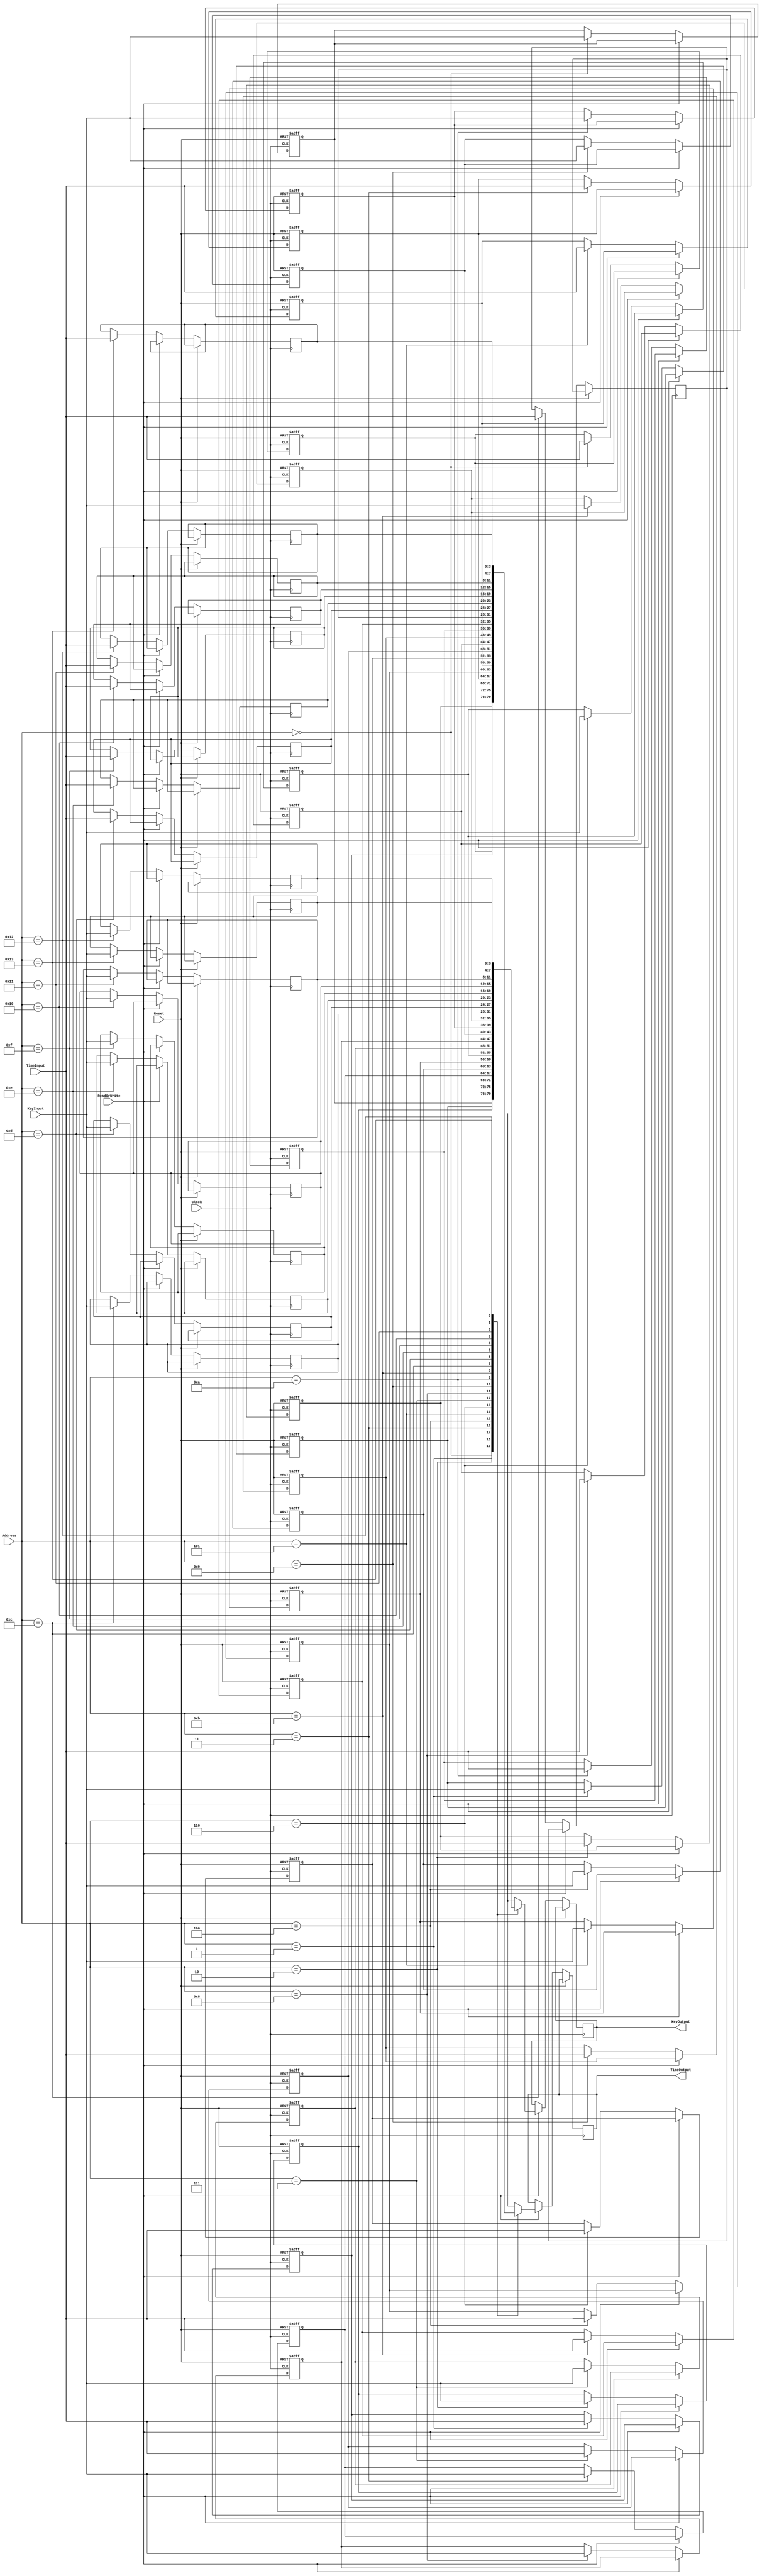
`timescale 1ns / 1ps
//Music score in RAM
module MusicScore(ReadOrWrite, Address, KeyInput, KeyOutput, TimeInput, TimeOutput,Clock, Reset);
input ReadOrWrite, Clock, Reset;
parameter DataLength=4;
input [DataLength-1:0] KeyInput, TimeInput;
output reg [DataLength-1:0] KeyOutput, TimeOutput;
parameter AddressBits=5;
input [AddressBits-1:0] Address;
parameter MemorySize=20;

reg [DataLength-1:0] Keys [0:MemorySize-1];
reg [DataLength-1:0] Times [0:MemorySize-1];

always@(posedge Clock or posedge Reset)
	if(Reset==1) begin
	Keys[0]<=1; Times[0]<=2;
	Keys[1]<=2; Times[1]<=1;
	Keys[2]<=3; Times[2]<=1;
	Keys[3]<=3; Times[3]<=1;
	Keys[4]<=2; Times[4]<=1;
	Keys[5]<=1; Times[5]<=1;
	Keys[6]<=1; Times[6]<=1;
	Keys[7]<=2; Times[7]<=1;
	Keys[8]<=3; Times[8]<=1;
	Keys[9]<=2; Times[9]<=1;
	Keys[10]<=1; Times[10]<=2;
	Keys[11]<=0; Times[11]<=0;
	end 
	else if (ReadOrWrite==1) begin	//read memory
		KeyOutput<=Keys[Address]; TimeOutput<=Times[Address];
	end
	else begin
		Keys[Address]<=KeyInput; Times[Address]<=TimeInput;
	end
endmodule